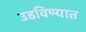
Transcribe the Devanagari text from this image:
उडविण्यात